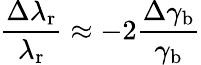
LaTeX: \frac{\Delta\lambda_{\mathrm{r}}}{\lambda_{\mathrm{r}}}\approx-2\frac{\Delta\gamma_{\mathrm{b}}}{\gamma_{\mathrm{b}}}